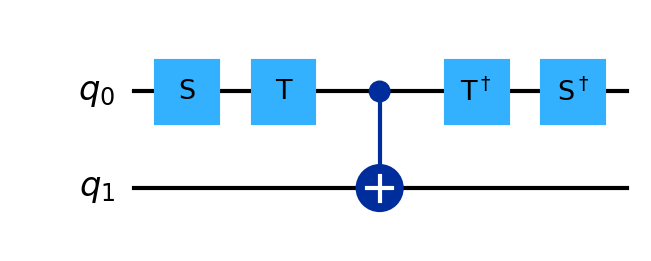
Description: S-T-CNOT-T†-S† sequence demonstrating global phase
描述: S-T-CNOT-T†-S†序列展示全局相位
Category: gate_coverage (difficulty: basic)
Qubits: 2, circuit depth: 5

Braket implementation:
from braket.circuits import Circuit
circuit = Circuit()
circuit.s(0)
circuit.t(0)
circuit.cnot(0, 1)
circuit.ti(0)
circuit.si(0)

Qiskit implementation:
from qiskit import QuantumCircuit
circuit = QuantumCircuit(2)
circuit.s(0)
circuit.t(0)
circuit.cx(0, 1)
circuit.tdg(0)
circuit.sdg(0)